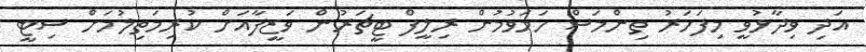
އަދި ވިދާޅުވީ މިފަހަރު ތިންމަސް ހަމަވުމުން ރިލީފް ޓީޗަރުން ވަޒީފާއަށް ކުރިމަތިލުމަށް ސިޓީ